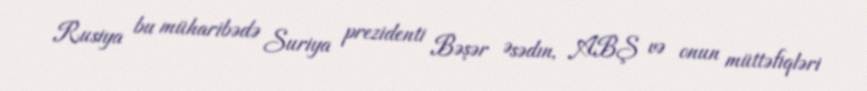
Rusiya bu müharibədə Suriya prezidenti Bəşər Əsədın, ABŞ və onun müttəfiqləri